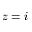
z = i